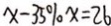
x - 3 5 \% x = 2 6